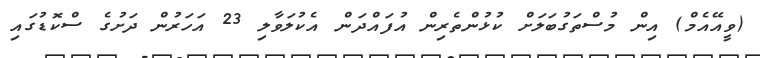
(ވީއޭއެމް) އިން މުސްތަގުބަލަށް ކުޅުންތެރިން އުފައްދަން އެކުލަވާލި 23 އަހަރުން ދަށުގެ ސްކޮޑުގައި